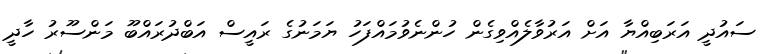
ސައުދީ އަރަބިއްޔާ އަށް އަރުވާލެއްވިގެން ހުންނެވުމައްފަހު ޔަމަނުގެ ރައީސް އަބްދުރައްބޫ މަންސޫރު ހާދީ